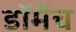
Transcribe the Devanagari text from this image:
डॉमेंच